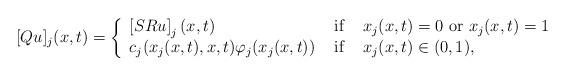
LaTeX: \begin{align*}[Qu]_j(x,t)=\left\{\begin{array}{lcl}\displaystyle \left[SRu\right]_j(x,t)& \mbox{ if }& x_j(x,t)=0 \mbox{ or } x_j(x,t)=1 \\c_j(x_j(x,t),x,t)\varphi_j(x_j(x,t)) & \mbox{ if }& x_j(x,t)\in(0,1),\end{array}\right.\end{align*}